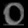
Digit: ၀